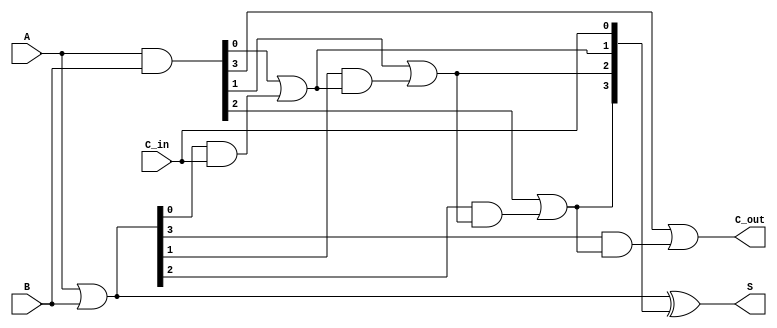
module sklansky_adder #(parameter N = 4) (
    input  [N-1:0] A,      // First operand
    input  [N-1:0] B,      // Second operand
    input          C_in,    // Carry-in
    output [N-1:0] S,      // Sum output
    output         C_out     // Carry-out
);

    // Generate and propagate signals
    wire [N-1:0] G; // Generate signals
    wire [N-1:0] P; // Propagate signals
    wire [N:0] C;   // Carry signals

    // Generate and propagate calculations
    assign G = A & B;          // G[i] = A[i] & B[i]
    assign P = A | B;          // P[i] = A[i] | B[i]

    // Carry calculations
    assign C[0] = C_in;        // Initial carry-in
    genvar i;
    generate
        for (i = 0; i < N; i = i + 1) begin : carry_gen
            if (i == 0) begin
                assign C[i+1] = G[i] | (P[i] & C[i]); // C[1] = G[0] + P[0] * C[0]
            end else begin
                assign C[i+1] = G[i] | (P[i] & C[i]); // C[i+1] = G[i] + P[i] * C[i]
            end
        end
    endgenerate

    // Sum calculation
    assign S = P ^ C[N-1:0]; // S[i] = P[i] ^ C[i]

    // Final carry-out
    assign C_out = C[N]; // Final carry-out

endmodule